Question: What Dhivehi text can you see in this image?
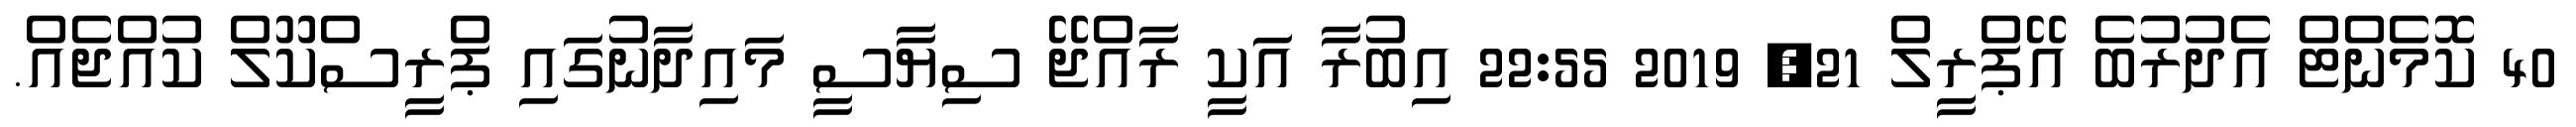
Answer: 40 ކޮމެންޓް އެދުރުބެ އޭޕްރީލް 21, 2019 22:55 އިބުރާ އަކީ ރާއްޖޭ ސިޔާސީ މައިދާނުގައި ޕްރީސްކޫލް ކުއްޖެއް.